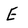
Character: E